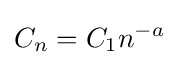
C_{n}=C_{1}n^{-a}